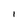
Character: I